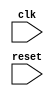
module timing_control_and_sync (
    input wire clk,
    input wire reset,
    // Add other input signals as needed

    // Add output signals for timing control and synchronization
);

    // Add Verilog code for timing control and synchronization blocks here

endmodule